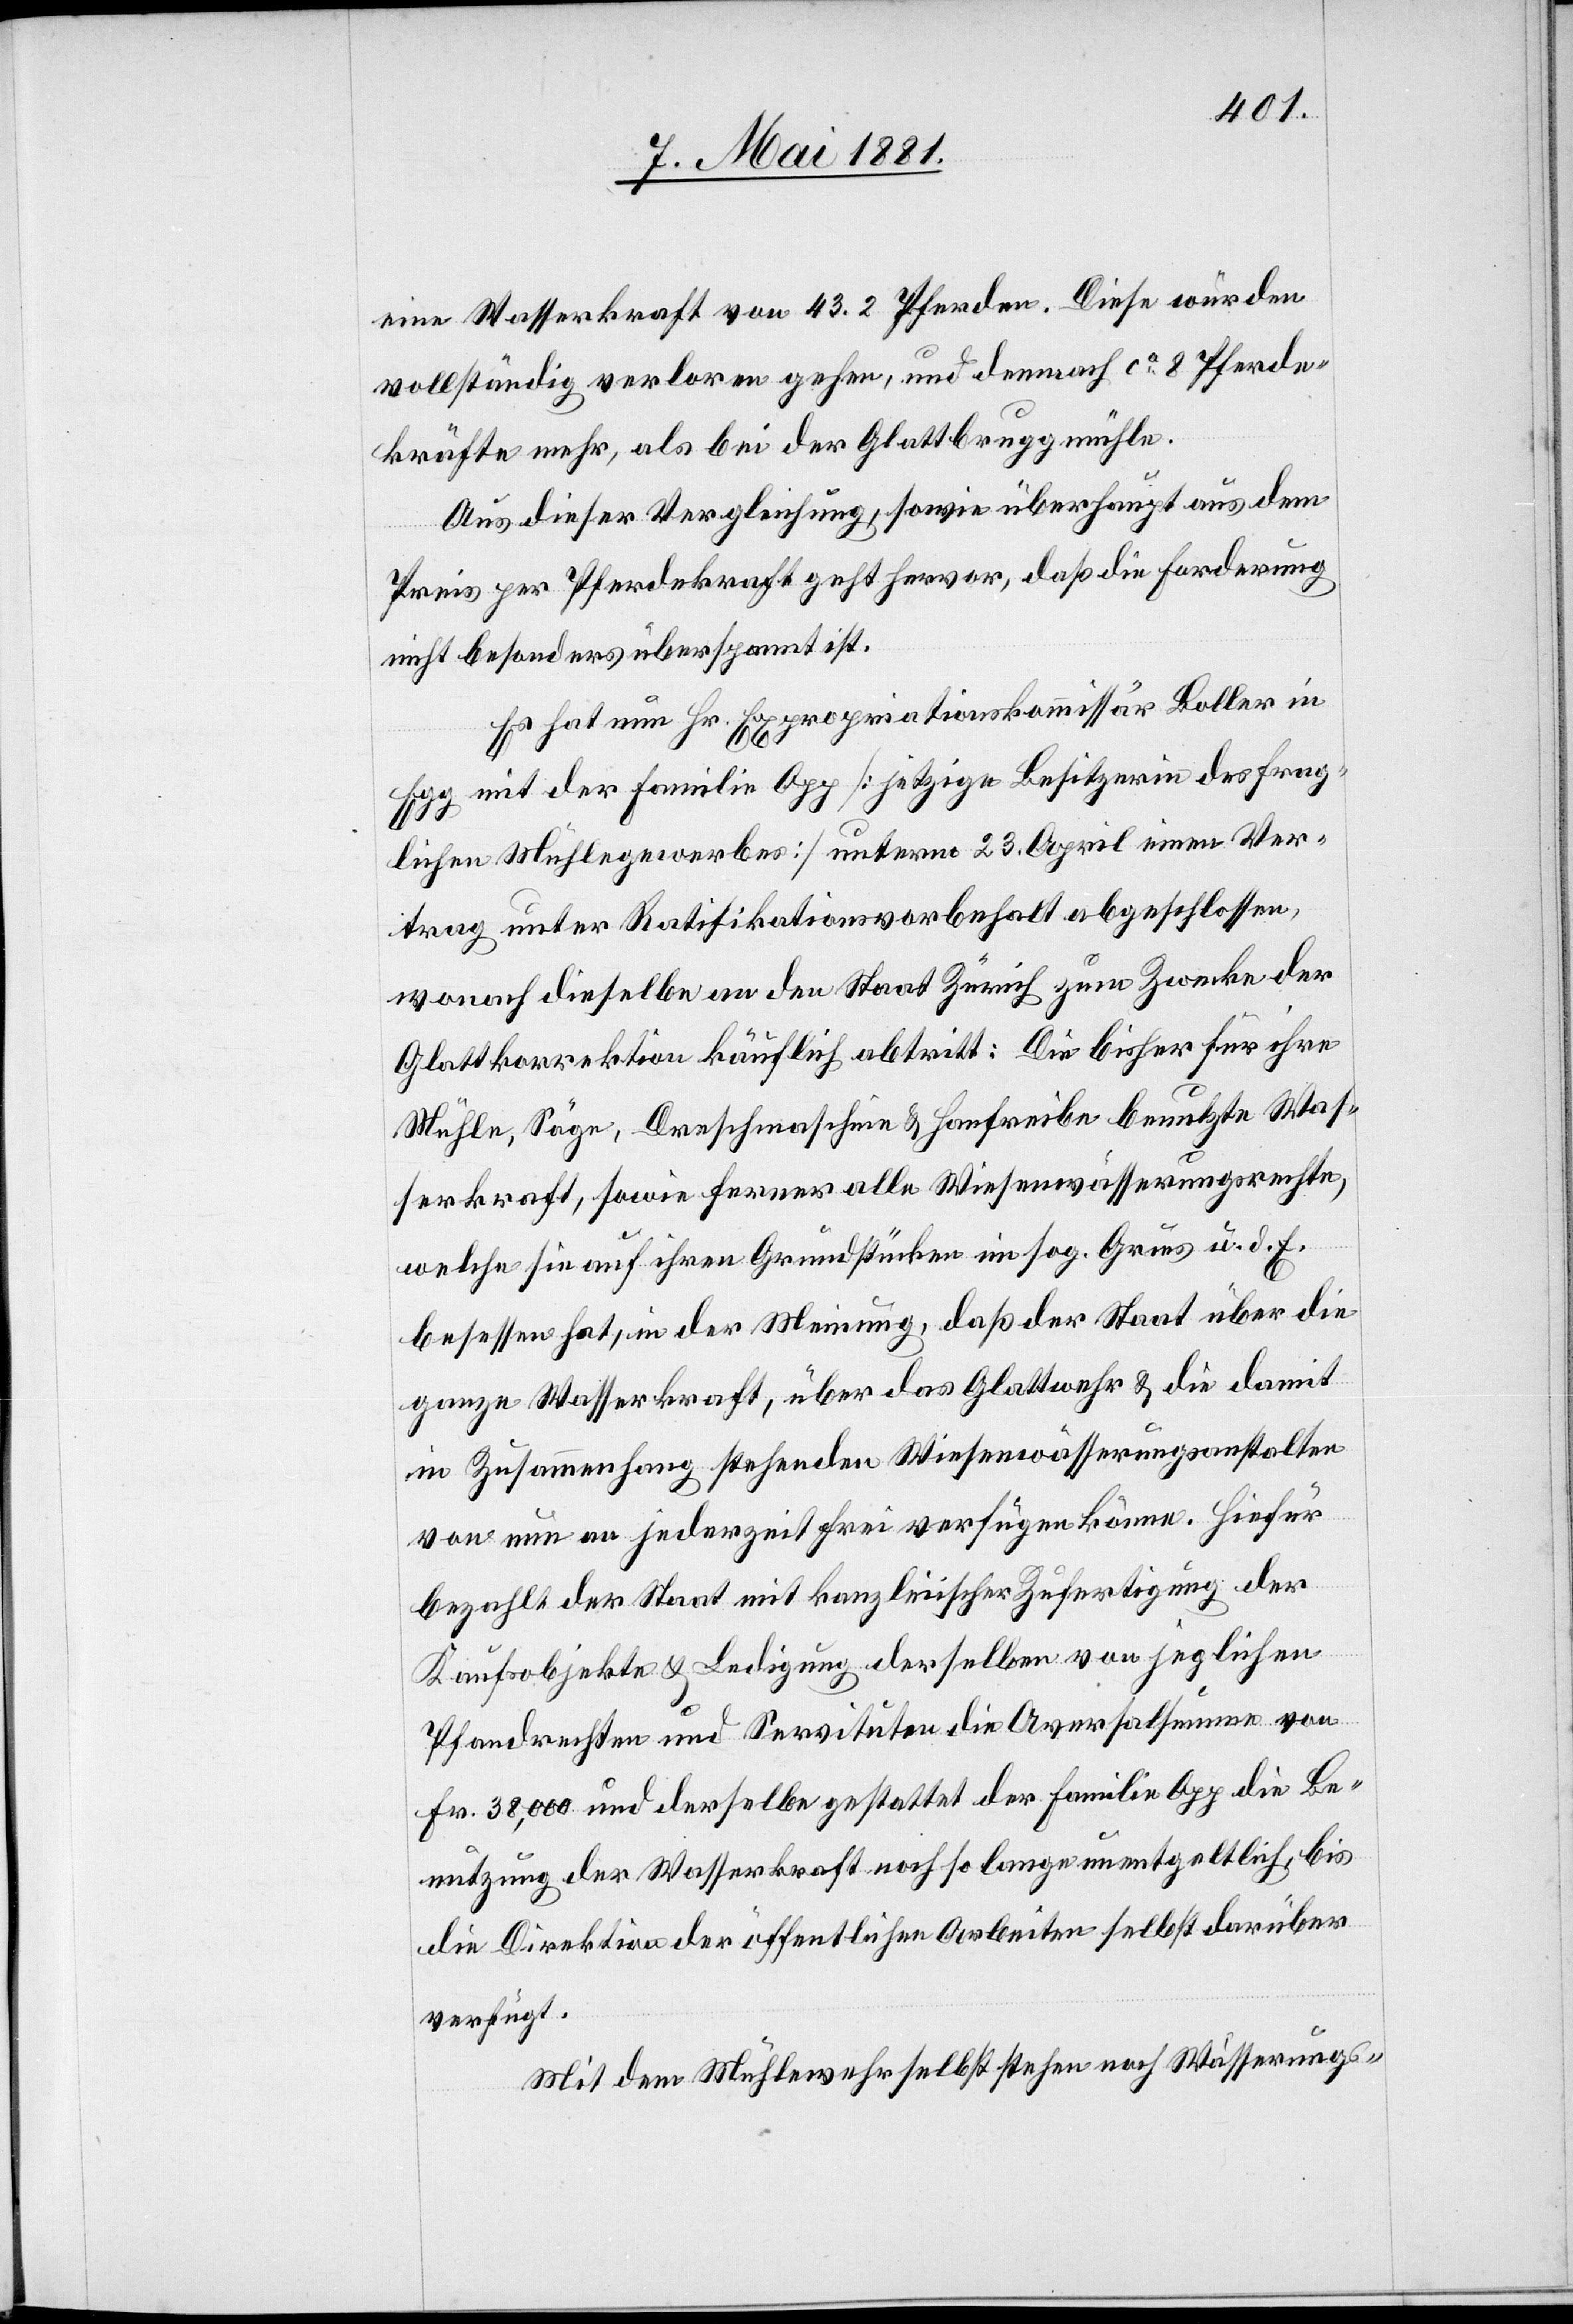
eine Wasserkraft von 43.2 Pferden. Diese würden
vollständig verloren gehen, und demnach ca 8 Pferde¬
kräfte mehr, als bei der Glattbruggmühle.
Aus dieser Vergleichung, sowie überhaupt aus dem
Preis per Pferdekraft geht hervor, daß die Forderung
nicht besonders überspannt ist.
Es hat nun Hr. Expropriationskommissär Boller in
Egg mit der Familie Opp [jetzige Besitzerin des frag¬
lichen Mühlegewerbes] unterm 23. April einen Ver¬
trag unter Ratifikationsvorbehalt abgeschlossen,
wonach dieselbe an den Staat Zürich zum Zwecke der
Glattkorrektion käuflich abtritt: Die bisher für ihre
Mühle, Säge, Dreschmaschine & Hanfreibe benutzte Was¬
serkraft, sowie ferner alle Wiesenwässerungsrechte,
welche sie auf ihren Grundstücken im sog. Gries u. d. E.
besessen hat, in der Meinung, daß der Staat über die
ganze Wasserkraft, über das Glattwehr & die damit
in Zusammenhang stehenden Wiesenwässerungsanstalten
von nun an jederzeit frei verfügen zu könne. Hiefür
bezahlte der Staat mit kanzleiischer Zufertigung der
Kaufsobjekte & Ledigung derselben von jeglichen
Pfandrechten und Servituten die Aversalsumme von
Fr. 38,000 und derselbe gestattet der Familie Opp die Be¬
nutzung der Wasserkraft noch so lange unentgeltlich, bis
die Direktion der öffentlichen Arbeiten selbst darüber
verfügt.
Mit dem Mühlewehr selbst stehen noch Wässerungs-